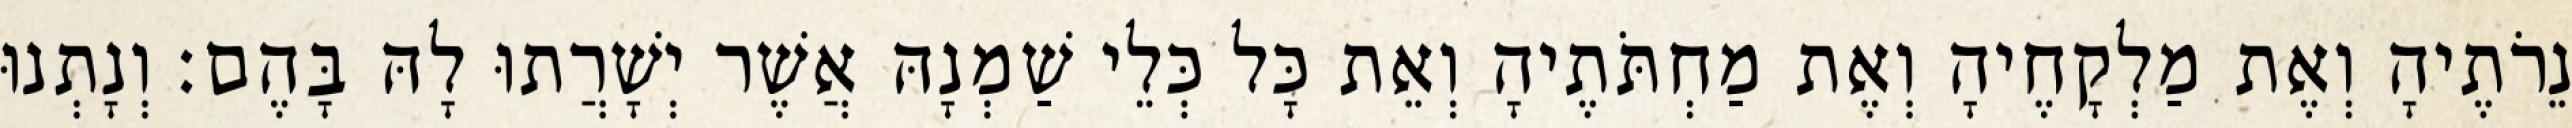
נֵרֹתֶיהָ וְאֶת מַלְקָחֶיהָ וְאֶת מַחְתֹּתֶיהָ וְאֵת כָּל כְּלֵי שַׁמְנָהּ אֲשֶׁר יְשָׁרֲתוּ לָהּ בָּהֶם׃ וְנָתְנוּ